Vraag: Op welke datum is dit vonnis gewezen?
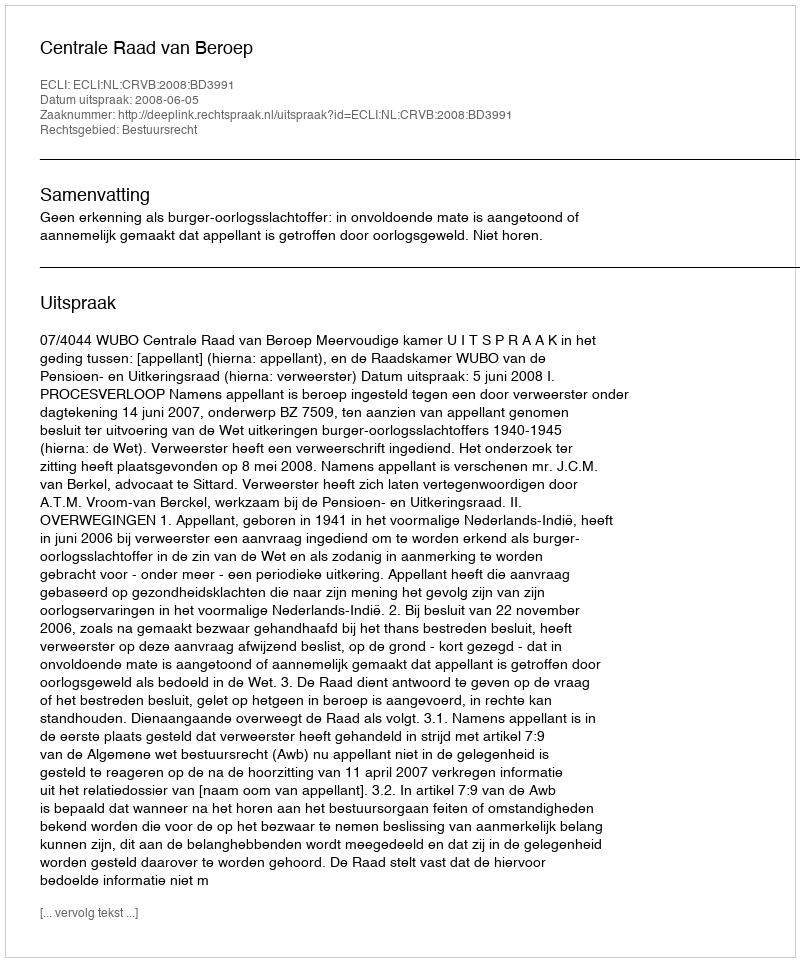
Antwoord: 2008-06-05